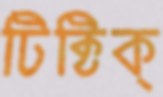
টিক্‌টিক্‌